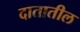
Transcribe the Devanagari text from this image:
दातातील